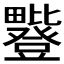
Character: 𪽥